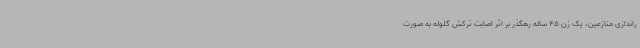
راندازی منازعین، یک زن 45 ساله رهگذر بر اثر اصابت ترکش گلوله به صورت